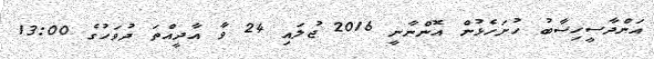
އަންދާސީހިސާބު ހުށަހެޅުން އޮންނާނީ 2016 ޖުލައި 24 ވާ އާދީއްތަ ދުވަހުގެ 13:00